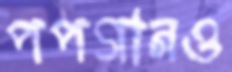
পপগানও